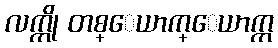
လက္ကို တစ္ေယာက္ေယာက္က